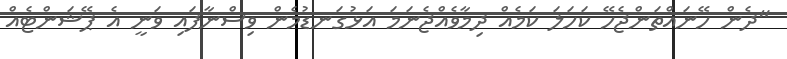
"ދެން ހޭނައްތަންޖެހޭ ކަހަލަ ކަމެއް ދިމާވެއްޖެނަމަ އަޅުގަނޑުމެން ވިސްނާފައި ވަނީ އެ ޕޭޝަންޓެއް